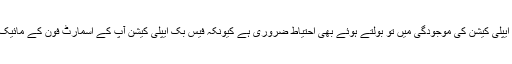
پروفیسر کیلی کے مطابق فیس بک کی ایپلی کیشن کی موجودگی میں تو بولتے ہوئے بھی احتیاط ضروری ہے کیونکہ فیس بک ایپلی کیشن آپ کے اسمارٹ فون کے مائیک سے آپ کی گفتگو بھی سن سکتی ہے۔